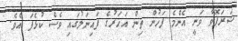
ޝަރަޕޮވާ ވަނީ އެންމެ ފަހުން ތިން އަހަރުގެ ފައިނަލުގައި ވެސް ކުޅެފަ އެވެ.